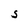
Character: S